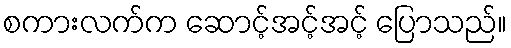
စကားလက်က ဆောင့်အင့်အင့် ပြောသည်။